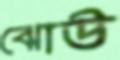
ঝোউ